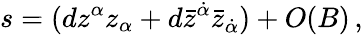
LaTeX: s=(dz^{\alpha}z_{\alpha}+d\bar{z}^{\dot{\alpha}}\bar{z}_{\dot{\alpha}})+O(B)\, ,